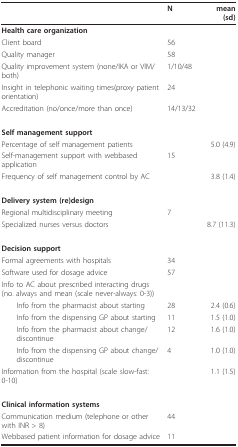
<table><thead><tr><td></td><td><b>N</b></td><td><b>mean (sd)</b></td></tr></thead><tbody><tr><td><b>Health care organization</b></td><td></td><td></td></tr><tr><td>Client board</td><td>56</td><td></td></tr><tr><td>Quality manager</td><td>58</td><td></td></tr><tr><td>Quality improvement system (none/IKA or VIM/both)</td><td>1/10/48</td><td></td></tr><tr><td>Insight in telephonic waiting times(proxy patient orientation)</td><td>24</td><td></td></tr><tr><td>Accreditation (no/once/more than once)</td><td>14/13/32</td><td></td></tr><tr><td><b>Self management support</b></td><td></td><td></td></tr><tr><td>Percentage of self management patients</td><td></td><td>5.0 (4.9)</td></tr><tr><td>Self-management support with webbased application</td><td>15</td><td></td></tr><tr><td>Frequency of self management control by AC</td><td></td><td>3.8 (1.4)</td></tr><tr><td><b>Delivery system (re)design</b></td><td></td><td></td></tr><tr><td>Regional multidisciplinary meeting</td><td>7</td><td></td></tr><tr><td>Specialized nurses versus doctors</td><td></td><td>8.7(11.3)</td></tr><tr><td><b>Decision support</b></td><td></td><td></td></tr><tr><td>Formal agreements with hospitals</td><td>34</td><td></td></tr><tr><td>Software used for dosage advice</td><td>57</td><td></td></tr><tr><td>Info to AC about prescribed interacting drugs (no. always and mean (scale never-always: 0-3))</td><td></td><td></td></tr><tr><td> Info from the pharmacist about starting</td><td>28</td><td>2.4 (0.6)</td></tr><tr><td> Info from the dispensing GP about starting</td><td>11</td><td>1.5 (1.0)</td></tr><tr><td> Info from the pharmacist about change/discontinue</td><td>12</td><td>1.6 (1.0)</td></tr><tr><td> Info from the dispensing GP about change/discontinue</td><td>4</td><td>1.0 (1.0)</td></tr><tr><td>Information from the hospital (scale slow-fast: 0-10)</td><td></td><td>1.1 (1.5)</td></tr><tr><td><b>Clinical information systems</b></td><td></td><td></td></tr><tr><td>Communication medium (telephone or other with INR &gt; 8)</td><td>44</td><td></td></tr><tr><td>Webbased patient information for dosage advice</td><td>11</td><td></td></tr></tbody></table>